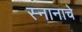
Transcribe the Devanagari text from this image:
स्नानाचे